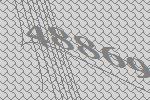
48869